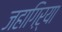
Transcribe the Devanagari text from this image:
जहागिऱ्या